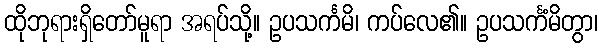
ထိုဘုရားရှိတော်မူရာ အရပ်သို့။ ဥပသင်္ကမိ၊ ကပ်လေ၏။ ဥပသင်္ကံမိတွာ၊